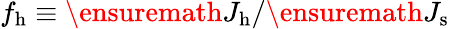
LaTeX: f_{\mathrm{h}}\equiv\ensuremath{J_{\mathrm{h}}}/\ensuremath{J_{\mathrm{s}}}